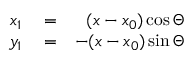
\begin{array} { r l r } { x _ { 1 } } & { { } = } & { ( x - x _ { 0 } ) \cos \Theta } \\ { y _ { 1 } } & { { } = } & { - ( x - x _ { 0 } ) \sin \Theta } \end{array}